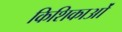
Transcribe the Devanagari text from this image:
किशिकाओं